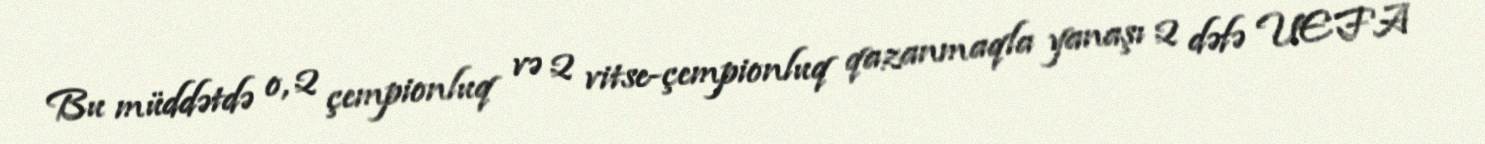
Bu müddətdə o, 2 çempionluq və 2 vitse-çempionluq qazanmaqla yanaşı 2 dəfə UEFA